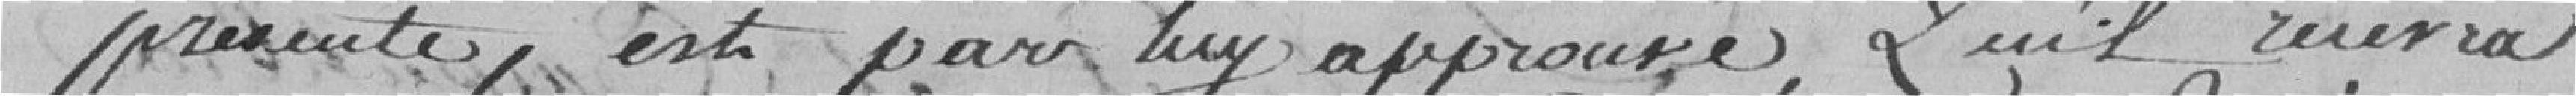
présenté, est par lui approuvé, qu'il recevra